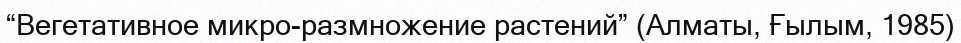
“Вегетативное микро­размножение растений” (Алматы, Ғылым, 1985)